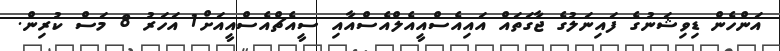
އަންހެން ޑިވިޝަނުގެ ފައިނަލުގެ ޖާގަތައް އައިއެސްއީއެލްއެސްއާއި ސީއެޗްއެސްއީއަށް1 އަހަރު 8 މަސް ކުރިން.